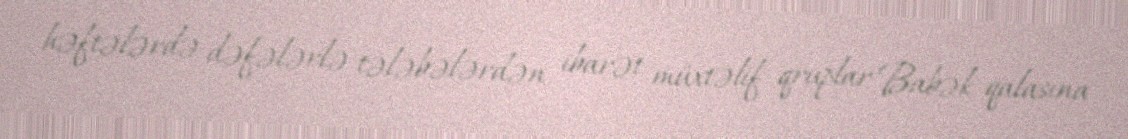
həftələrdə dəfələrlə tələbələrdən ibarət müxtəlif qruplar Babək qalasına